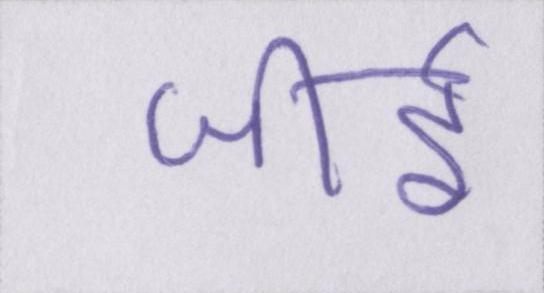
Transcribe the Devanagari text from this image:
जीर्इ